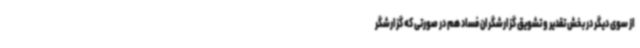
از سوی دیگر در بخش تقدیر و تشویق گزارشگران فساد هم در صورتی که گزارشگر